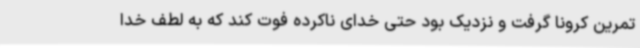
تمرین کرونا گرفت و نزدیک بود حتی خدای ناکرده فوت کند که به لطف خدا